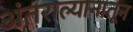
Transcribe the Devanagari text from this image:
अंतराल्यानातून